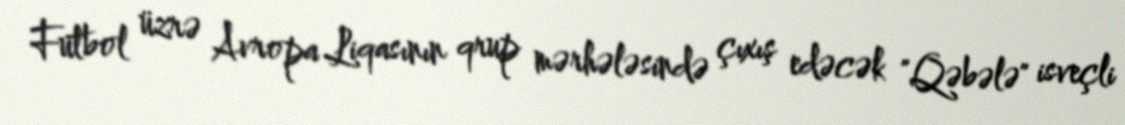
Futbol üzrə Avropa Liqasının qrup mərhələsində çıxış edəcək "Qəbələ" isveçli